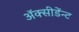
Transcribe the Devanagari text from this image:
अॅक्सीडेंन्ट